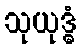
သုယုဒ္ဓံ